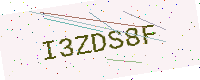
Text: I3ZDS8F